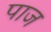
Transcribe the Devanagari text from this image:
पाज